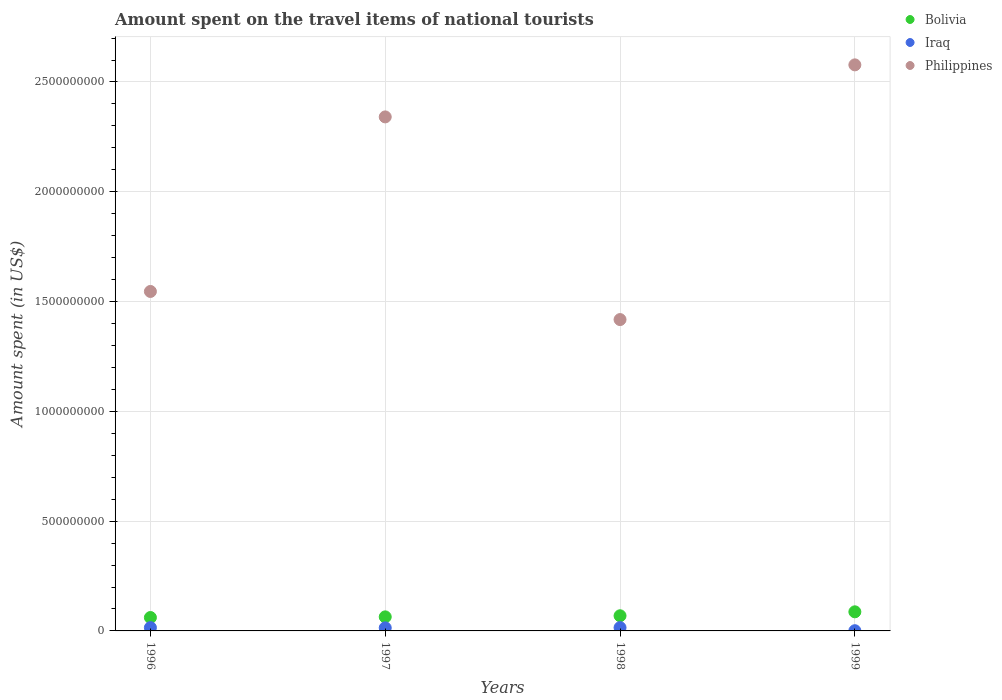
| Years | Bolivia | Iraq | Philippines |
 | --- | --- | --- | --- |
 | 1996 | 6.1e+07 | 1.5e+07 | 1.55e+09 |
 | 1997 | 6.4e+07 | 1.4e+07 | 2.34e+09 |
 | 1998 | 6.9e+07 | 1.5e+07 | 1.42e+09 |
 | 1999 | 8.7e+07 | 1e+06 | 2.58e+09 |